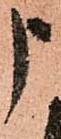
申